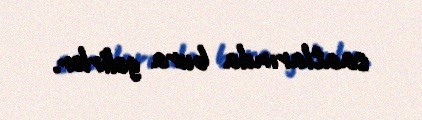
saatlarında bura gəlirlər.